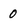
Character: 0